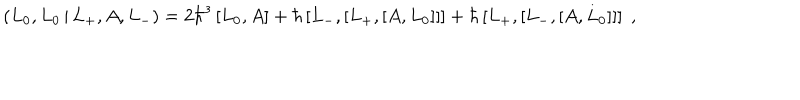
\left( L _ { 0 } , L _ { 0 } \, | \, L _ { + } , A , L _ { - } \right) = 2 \hbar ^ { 3 } \left[ L _ { 0 } , A \right] + \hbar \left[ L _ { - } , \left[ L _ { + } , \left[ A , L _ { 0 } \right] \right] \right] + \hbar \left[ L _ { + } , \left[ L _ { - } , \left[ A , L _ { 0 } \right] \right] \right] \; ,